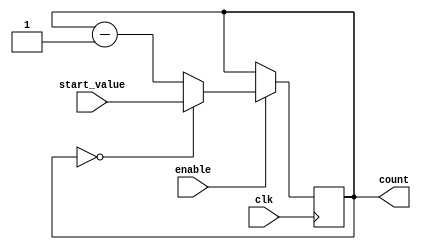
module BCD_Down_Counter_with_Enable (
    input wire clk,
    input wire enable,
    input wire [3:0] start_value,
    output reg [3:0] count
);

always @(posedge clk) begin
    if (enable) begin
        if (count == 4'b0000) begin
            count <= start_value;
        end else begin
            count <= count - 1;
        end
    end
end

endmodule